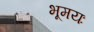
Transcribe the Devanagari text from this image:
भूमयः